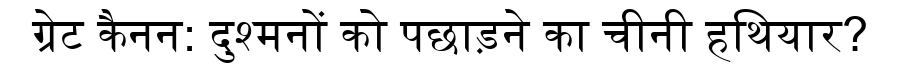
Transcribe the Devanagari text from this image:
ग्रेट कैनन: दुश्मनों को पछाड़ने का चीनी हथियार?